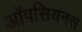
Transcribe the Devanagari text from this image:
ऑपसियनस